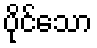
ပိုင်သော